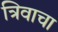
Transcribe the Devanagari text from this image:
त्रिवाचा